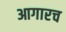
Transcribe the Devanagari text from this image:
आगारच